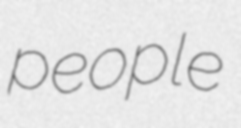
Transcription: people